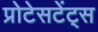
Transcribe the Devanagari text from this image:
प्रोटेसटेंट्स